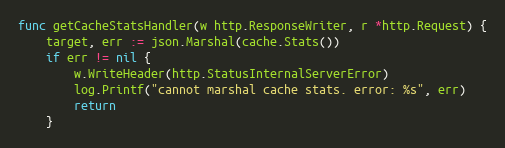
Language: Go
func getCacheStatsHandler(w http.ResponseWriter, r *http.Request) {
	target, err := json.Marshal(cache.Stats())
	if err != nil {
		w.WriteHeader(http.StatusInternalServerError)
		log.Printf("cannot marshal cache stats. error: %s", err)
		return
	}